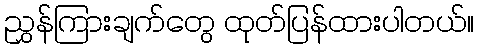
ညွှန်ကြားချက်တွေ ထုတ်ပြန်ထားပါတယ်။